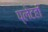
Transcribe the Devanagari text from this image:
प्लेटही